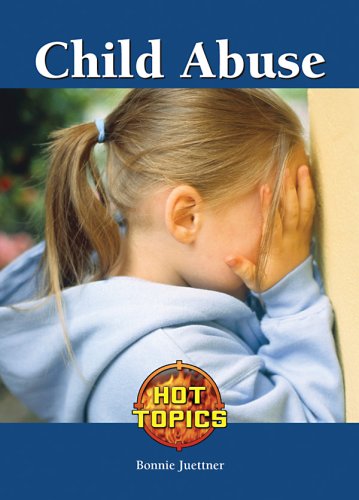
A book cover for Child Abuse (Hot Topics); Bonnie Juettner; Teen & Young Adult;